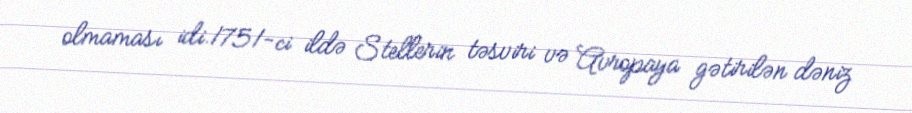
olmaması idi.1751-ci ildə Stellerin təsviri və Avropaya gətirilən dəniz